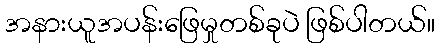
အနားယူအပန်းဖြေမှုတစ်ခုပဲ ဖြစ်ပါတယ်။